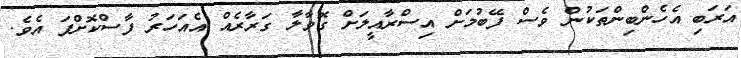
އަރަބި އެހެންބިންތަކުން ވެސް ފޭބުމަށް އިސްރާއީލަށް ގޮވާލާ ގަރާރެއް އެއަހަރު ފާސްކޮށްފަ އެވެ.